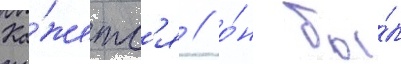
Ка́жетс'я / о́н бы́л